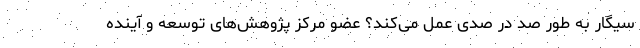
سیگار به طور صد در صدی عمل می‌کند؟ عضو مرکز پژوهش‌های توسعه و آینده